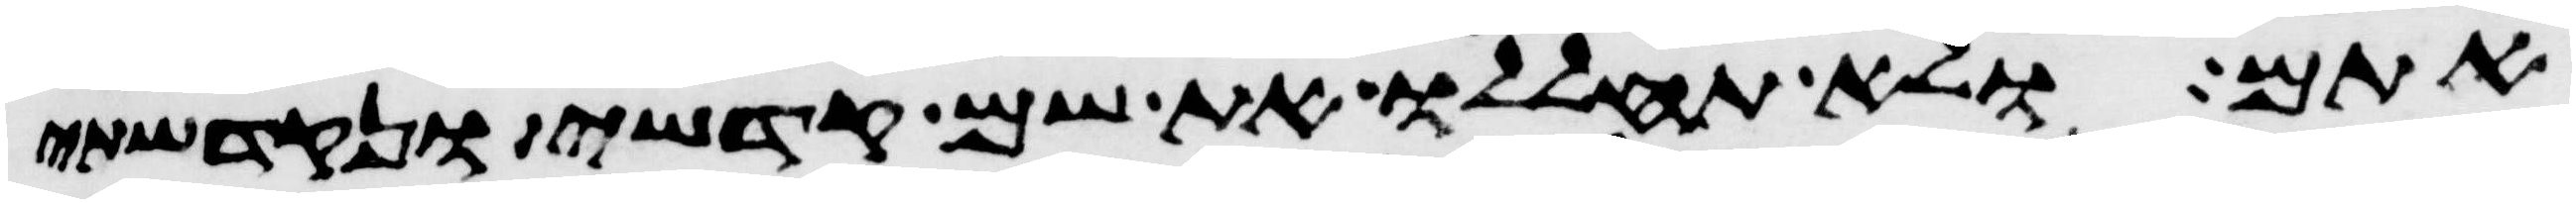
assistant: אתם ולא תחללו את שם קדשי ונקדשתי